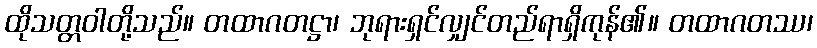
ထိုသတ္တဝါတို့သည်။ တထာဂတဋ္ဌာ၊ ဘုရားရှင်လျှင်တည်ရာရှိကုန်၏။ တထာဂတဿ၊